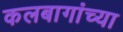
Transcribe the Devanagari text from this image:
कलबागांच्या